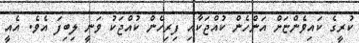
ކުރީގެ ކައިވެންޏަށް އަންހެން ކުއްޖަކާއި ފިރިހެން ކުއްޖަކު ވަނީ ލިބިފަ އެވެ. އެއީ